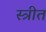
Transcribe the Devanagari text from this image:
स्त्रीत